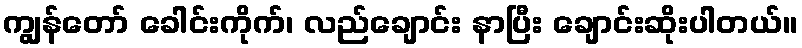
ကျွန်တော် ခေါင်းကိုက်၊ လည်ချောင်း နာပြီး ချောင်းဆိုးပါတယ်။